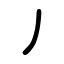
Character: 丿